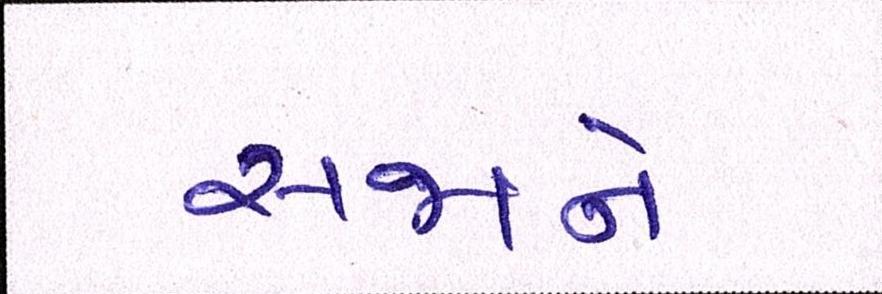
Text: સજાને